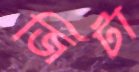
জিটা